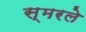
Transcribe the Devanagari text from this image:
स्मरले